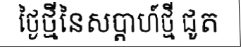
ថ្ងៃថ្មីនៃសប្តាហ៍ថ្មី ជូត